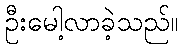
ဦးမေါ့လာခဲ့သည်။